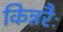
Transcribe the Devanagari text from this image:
किन्नरैः